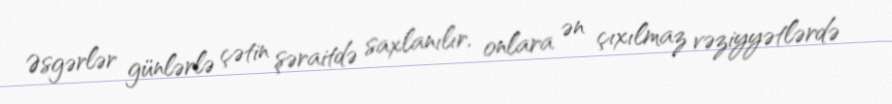
Əsgərlər günlərlə çətin şəraitdə saxlanılır, onlara ən çıxılmaz vəziyyətlərdə